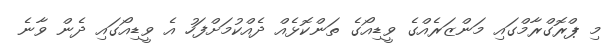
މި ޕްރޮގްރާމްގައި މަންޒަރެއްގެ ވީޑިއޯގެ ތަންކޮޅެއް ދެއްކުމަށްފަހު އެ ވީޑިއޯގައި ދެން ވާނެ